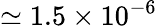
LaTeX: \simeq 1.5\times 10^{-6}